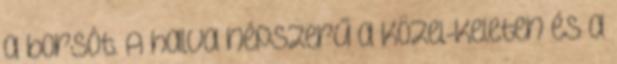
a borsót. A halva népszerű a Közel-Keleten és a